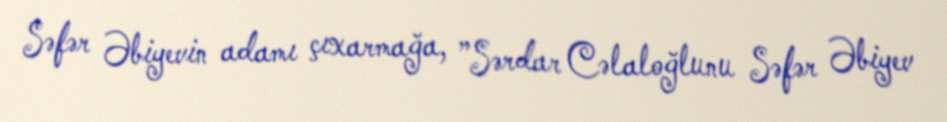
Səfər Əbiyevin adamı çıxarmağa, ”Sərdar Cəlaloğlunu Səfər Əbiyev